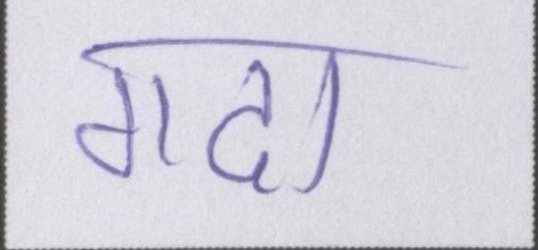
गदा